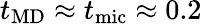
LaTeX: t_{\mathrm{MD}}\approx t_{\mathrm{mic}}\approx 0.2